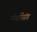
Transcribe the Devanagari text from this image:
ऑफस्प्रिंग